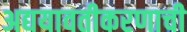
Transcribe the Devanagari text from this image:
अद्ययावतीकरणाची